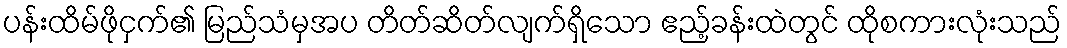
ပန်းထိမ်ဖိုငှက်၏ မြည်သံမှအပ တိတ်ဆိတ်လျက်ရှိသော ဧည့်ခန်းထဲတွင် ထိုစကားလုံးသည်